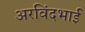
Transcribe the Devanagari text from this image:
अरविंदभाई